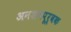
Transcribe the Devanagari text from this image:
अनशनपूर्वक